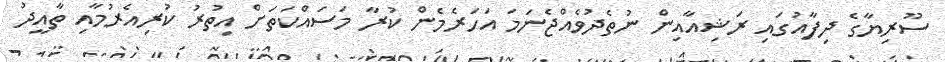
ސޫރިޔާގެ ދިފާއުގައި ރަޝިއާއިން ނުތެދުވެއްޖެނަމަ އަހަރެމެން ކުރާ މަސައްކަތަށް އިތުރު ކުރިއެރުމާއި ތާއީދު